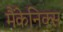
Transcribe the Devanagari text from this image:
मैंकेनिक्‍स